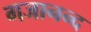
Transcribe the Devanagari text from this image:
गजानन्द